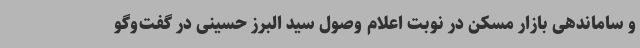
و ساماندهی بازار مسکن در نوبت اعلام وصول سید البرز حسینی در گفت‌وگو